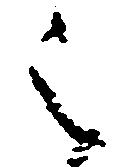
之